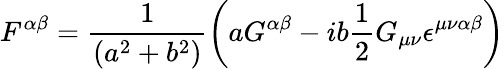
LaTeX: F^{\alpha\beta}=\frac{1}{\left(a^{2}+b^{2}\right)}\left(aG^{\alpha\beta}-ib\frac{1}{2}G_{\mu\nu}\epsilon^{\mu\nu\alpha\beta}\right)